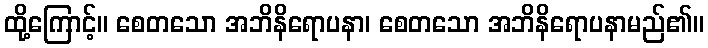
ထို့ကြောင့်။ စေတသော အဘိနိရောပနာ၊ စေတသော အဘိနိရောပနာမည်၏။